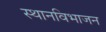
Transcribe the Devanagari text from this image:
स्थानविभाजन